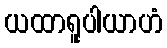
ယထာရူပါယာဟံ